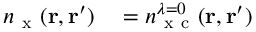
\begin{array} { r l } { n _ { \mathrm { ~ x ~ } } ( \ensuremath { \mathbf { r } } , \ensuremath { \mathbf { r } } ^ { \prime } ) } & { { } = n _ { \mathrm { ~ x ~ c ~ } } ^ { \lambda = 0 } ( \ensuremath { \mathbf { r } } , \ensuremath { \mathbf { r } } ^ { \prime } ) } \end{array}